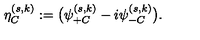
\eta _ { C } ^ { ( s , k ) } : = \bigl ( \psi _ { + C } ^ { ( s , k ) } - i \psi _ { - C } ^ { ( s , k ) } \bigr ) .